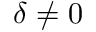
\delta \neq 0